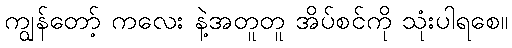
ကျွန်တော့် ကလေး နဲ့အတူတူ အိပ်စင်ကို သုံးပါရစေ။